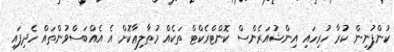
ކުންފުނިން ކުރާ ހުރިހައި އިންޝުއަރެންސް ކޮންޓްރެކްޓް ތަކެއް މުޠާލިޢާކޮށް އެ އެއްބަސްވުންތައް ހެދިފައި